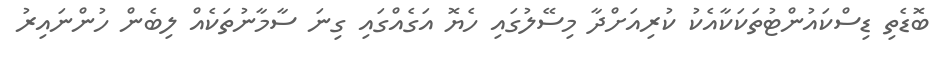
ބޮޑެތި ޑިސްކައުންޓުތަކަކާއެކު ކުރިއަށްދާ މިސޭލުގައި ހެޔޮ އަގެއްގައި ގިނަ ސާމާނުތަކެއް ލިބެން ހުންނައިރު